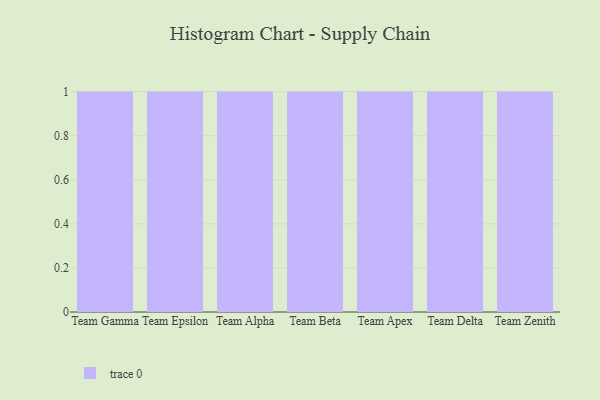
{"axis": {"x": "Team", "y": "Churn Rate (%)"}, "legend": [""], "data": [{"x": "Team Gamma", "y": 51, "type": ""}, {"x": "Team Epsilon", "y": 29, "type": ""}, {"x": "Team Alpha", "y": 28, "type": ""}, {"x": "Team Beta", "y": 74, "type": ""}, {"x": "Team Apex", "y": 12, "type": ""}, {"x": "Team Delta", "y": 81, "type": ""}, {"x": "Team Zenith", "y": 63, "type": ""}]}